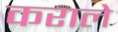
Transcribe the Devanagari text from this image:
कराले